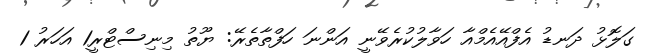
ގަލޮޅު ދަނޑު އެފްއޭއެމްއާ ހަވާލުކުރެވޭނީ އަންނަ ހަފްތާތެރޭ: ޔޫތު މިނިސްޓްރީ1 އަހަރު 1